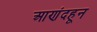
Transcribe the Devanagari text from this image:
आणंदहून